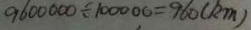
9 6 0 0 0 0 0 \div 1 0 0 0 0 0 = 9 6 0 ( k m )